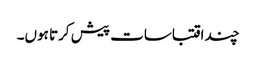
چند اقتباسات پیش کرتا ہوں۔